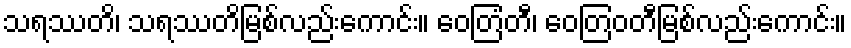
သရဿတိ၊ သရဿတိမြစ်လည်းကောင်း။ ဝေတြံတီ၊ ဝေတြဝတီမြစ်လည်းကောင်း။